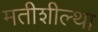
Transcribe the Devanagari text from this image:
मतीशील्था